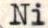
Ni